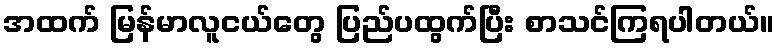
အထက် မြန်မာလူငယ်တွေ ပြည်ပထွက်ပြီး စာသင်ကြရပါတယ်။